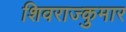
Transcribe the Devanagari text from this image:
शिवराज्कुमार